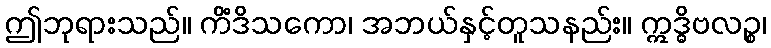
ဤဘုရားသည်။ ကိံဒိသကော၊ အဘယ်နှင့်တူသနည်း။ ဣဒ္ဓိဗလဉ္စ၊